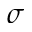
\sigma